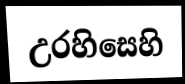
උරහිසෙහි